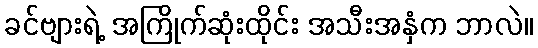
ခင်ဗျားရဲ့ အကြိုက်ဆုံးထိုင်း အသီးအနှံက ဘာလဲ။